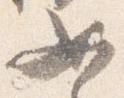
如